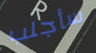
سأجلب